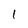
Character: 1